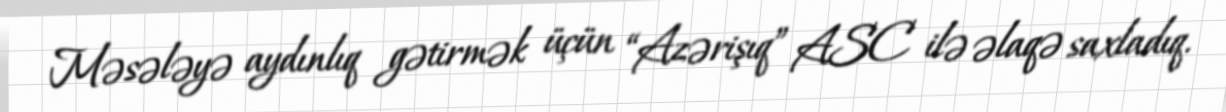
Məsələyə aydınlıq gətirmək üçün “Azərişıq” ASC ilə əlaqə saxladıq.